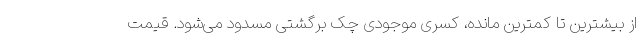
از بیشترین تا کمترین مانده، کسری موجودی چک برگشتی مسدود می‌شود. قیمت